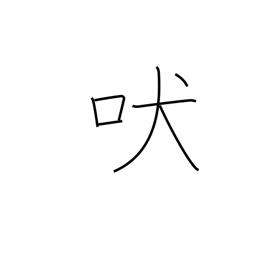
Meaning: howl